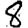
Digit: 8